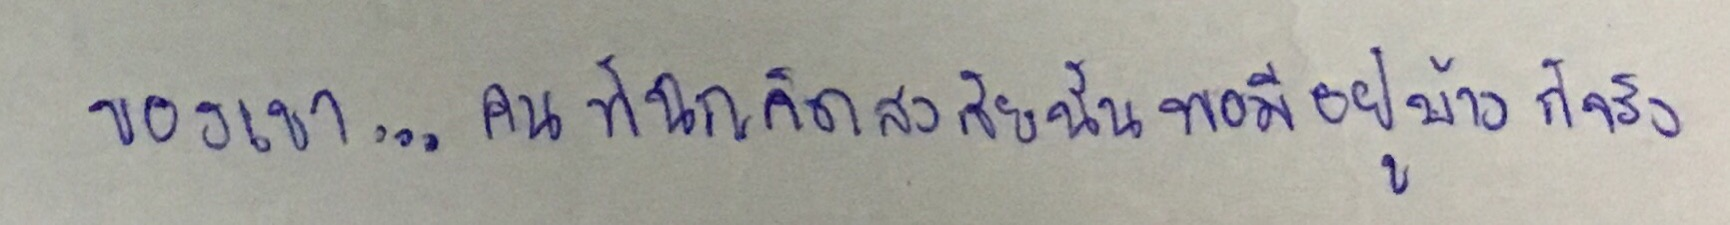
ของเขา...คนที่ฉุกคิดสงสัยนั้นพอมีอยู่บ้างก็จริง